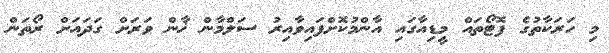
މި ހަރަކާތުގެ ފޮޓޯތައް މީޑިއާގައި އާންމުކޮށްފައިވާއިރު ސަލްމާން ޚާން ވަރަށް ގަދައަށް ރޯތަން